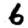
Digit: 6